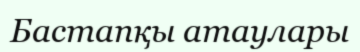
Бастапқы атаулары